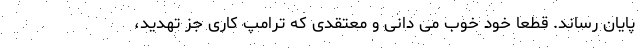
پایان رساند. قطعا خود خوب می دانی و معتقدی که ترامپ کاری جز تهدید،